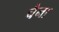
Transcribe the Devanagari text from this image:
चैना